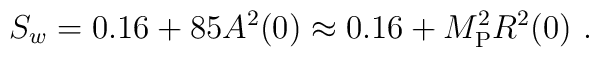
S_w = 0.16 + 85 A^2(0) \approx 0.16 + M_{\rm P}^2 R^2(0)  \ .